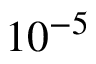
1 0 ^ { - 5 }